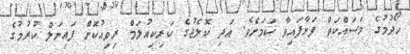
ހޯދުމުގެ މަސައްކަތް ފަށާފައިވާ ކަމަށެވެ. އަދި ކޮލެޖުގެ ކަރިކިއުލަމް ރިވިއުކޮށް ފައިނަލް ކުރުމުގެ